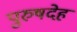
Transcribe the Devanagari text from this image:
पुरुषदेह